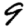
Digit: 9